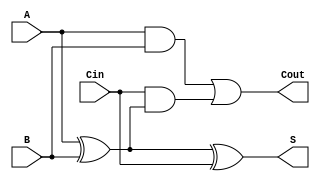
module async_full_adder (
    input wire A,    // First input bit
    input wire B,    // Second input bit
    input wire Cin,  // Carry-in bit
    output wire S,   // Sum output
    output wire Cout  // Carry-out output
);

// Intermediate signals for the XOR operation
wire A_xor_B;

// Sum calculation: S = A  B  Cin
assign A_xor_B = A ^ B;    // A  B
assign S = A_xor_B ^ Cin;  // (A  B)  Cin

// Carry-out calculation: Cout = (A  B) + (Cin  (A  B))
assign Cout = (A & B) | (Cin & A_xor_B); // (A  B) + (Cin  (A  B))

endmodule